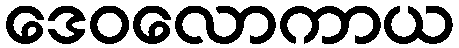
ဒေဝလောကာယ